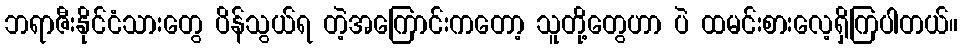
ဘရာဇီးနိုင်ငံသားတွေ ပိန်သွယ်ရ တဲ့အကြောင်းကတော့ သူတို့တွေဟာ ပဲ ထမင်းစားလေ့ရှိကြပါတယ်။